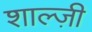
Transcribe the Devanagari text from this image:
शाल्ज़ी